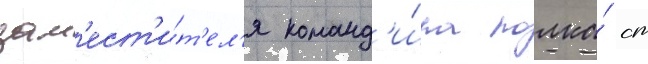
зам'ест'и́т'ел'я команд'и́ра полка́ ст